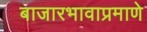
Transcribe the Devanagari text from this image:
बाजारभावाप्रमाणे